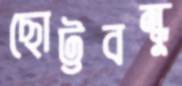
ছোট্টবন্ধু